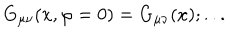
G _ { \mu \nu } ( x , \varphi = 0 ) = G _ { \mu \nu } ( x ) ; . . .